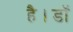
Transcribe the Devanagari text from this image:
है।डॉ